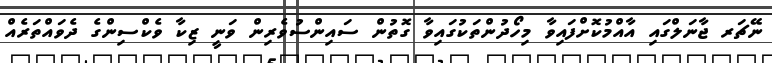
ނޭޗަރ ޖާނަލްގައި އާއްމުކޮށްފައިވާ މިހޯދުންތަކުގައިވާ ގޮތުން ސައިންސުވެރިން ވަނީ ޒިިކާ ވެކްސިންގެ ދެވައްތަރެއް